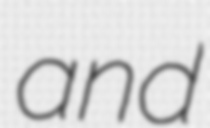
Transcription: and